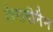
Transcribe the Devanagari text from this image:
कैरागीनैन